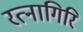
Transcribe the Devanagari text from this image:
रत्‍नागिरि